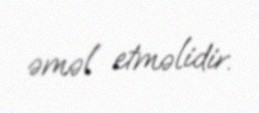
əməl etməlidir.